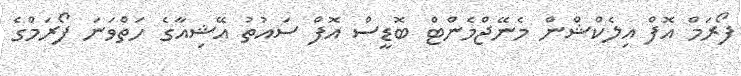
ފޯރަމް އޮފް އިލެކްޝްން މެނޭޖްމެންޓް ބޮޑީސް އޮފް ސައުތު އޭޝިއާގެ ހަތްވަނަ ފޯރަމްގެ